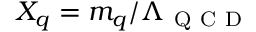
X _ { q } = m _ { q } / \Lambda _ { \mathrm { ~ Q ~ C ~ D ~ } }